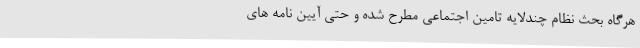
هرگاه بحث نظام چندلایه تامین اجتماعی مطرح شده و حتی آیین نامه های